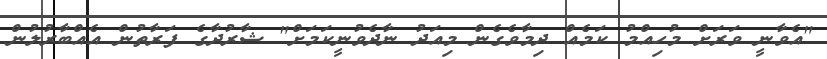
"އެވާނީ ވަރަށް މުހިއްމު ކަމެއް ދިމާވެގެން މިއަދު ނާދެވުނީކަމަށް" ޝާރުދާގެ ފަރާތުން އެއްބާރުލުން